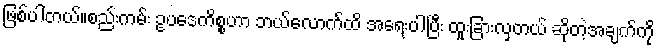
ဖြစ်ပါတယ်။စည်းကမ်း ဥပဒေကိစ္စဟာ ဘယ်လောက်ထိ အရေးပါပြီး ထူးခြားလှတယ် ဆိုတဲ့အချက်ကို